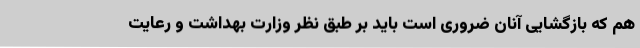
هم که بازگشایی آنان ضروری است باید بر طبق نظر وزارت بهداشت و رعایت